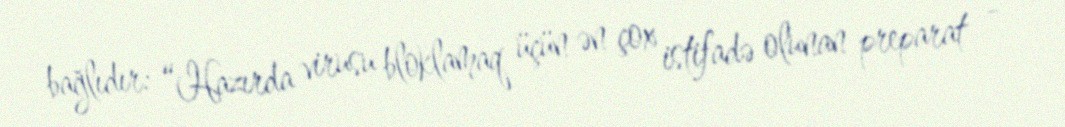
bağlıdır: “Hazırda virusu bloklamaq üçün ən çox istifadə olunan preparat -